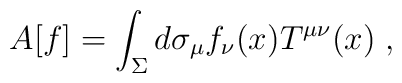
A[f] = \int_\Sigma d \sigma_\mu f_\nu (x) T^{\mu \nu}(x) \; ,